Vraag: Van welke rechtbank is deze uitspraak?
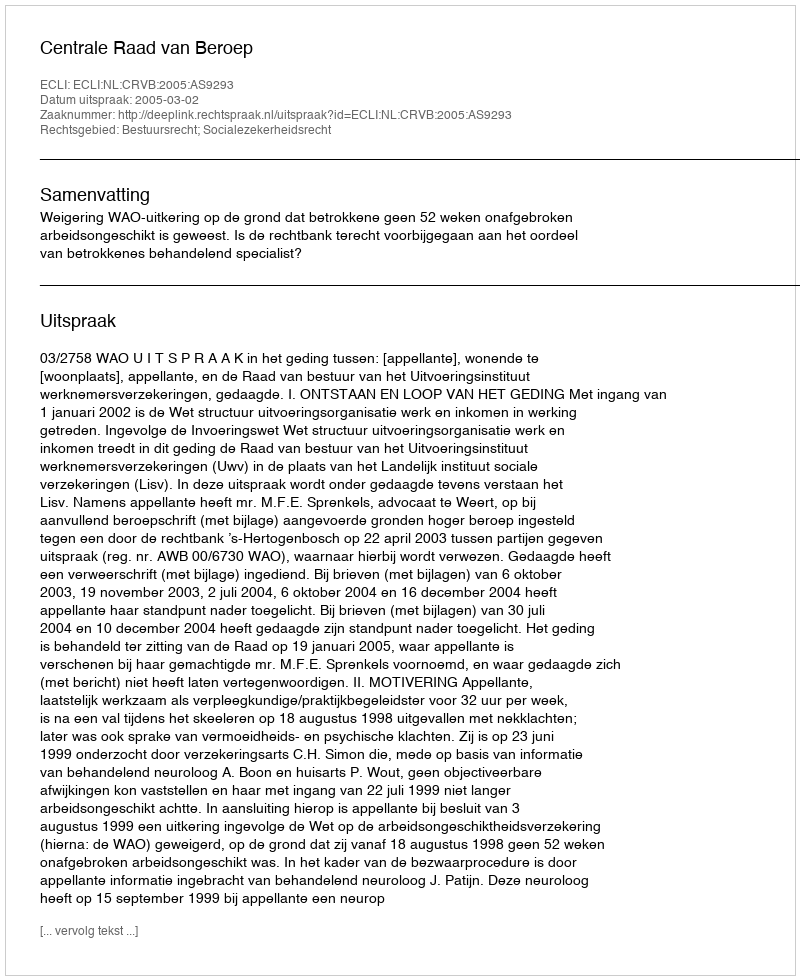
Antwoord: Centrale Raad van Beroep